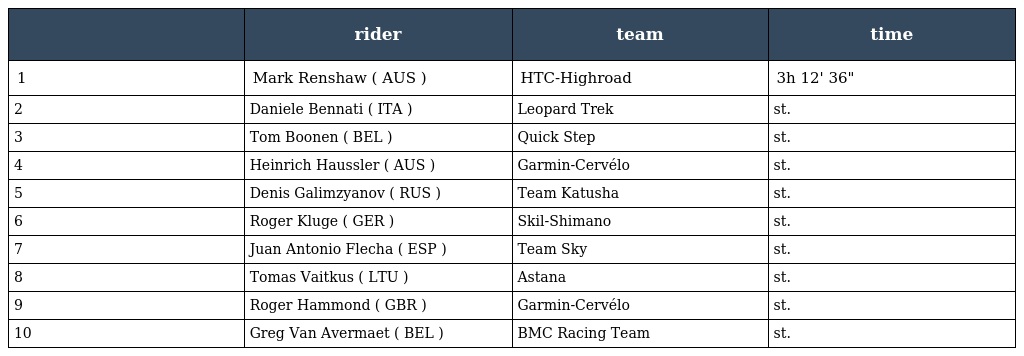
|  | rider | team | time |
 | --- | --- | --- | --- |
 | 1 | Mark Renshaw ( AUS ) | HTC-Highroad | 3h 12' 36" |
 | 2 | Daniele Bennati ( ITA ) | Leopard Trek | st. |
 | 3 | Tom Boonen ( BEL ) | Quick Step | st. |
 | 4 | Heinrich Haussler ( AUS ) | Garmin-Cervélo | st. |
 | 5 | Denis Galimzyanov ( RUS ) | Team Katusha | st. |
 | 6 | Roger Kluge ( GER ) | Skil-Shimano | st. |
 | 7 | Juan Antonio Flecha ( ESP ) | Team Sky | st. |
 | 8 | Tomas Vaitkus ( LTU ) | Astana | st. |
 | 9 | Roger Hammond ( GBR ) | Garmin-Cervélo | st. |
 | 10 | Greg Van Avermaet ( BEL ) | BMC Racing Team | st. |